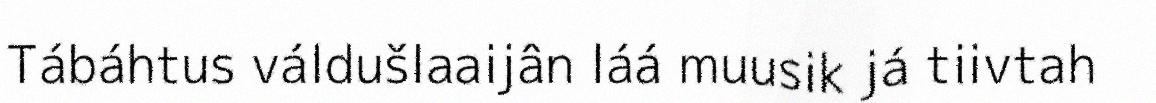
Tábáhtus váldušlaaijân láá muusik já tiivtah